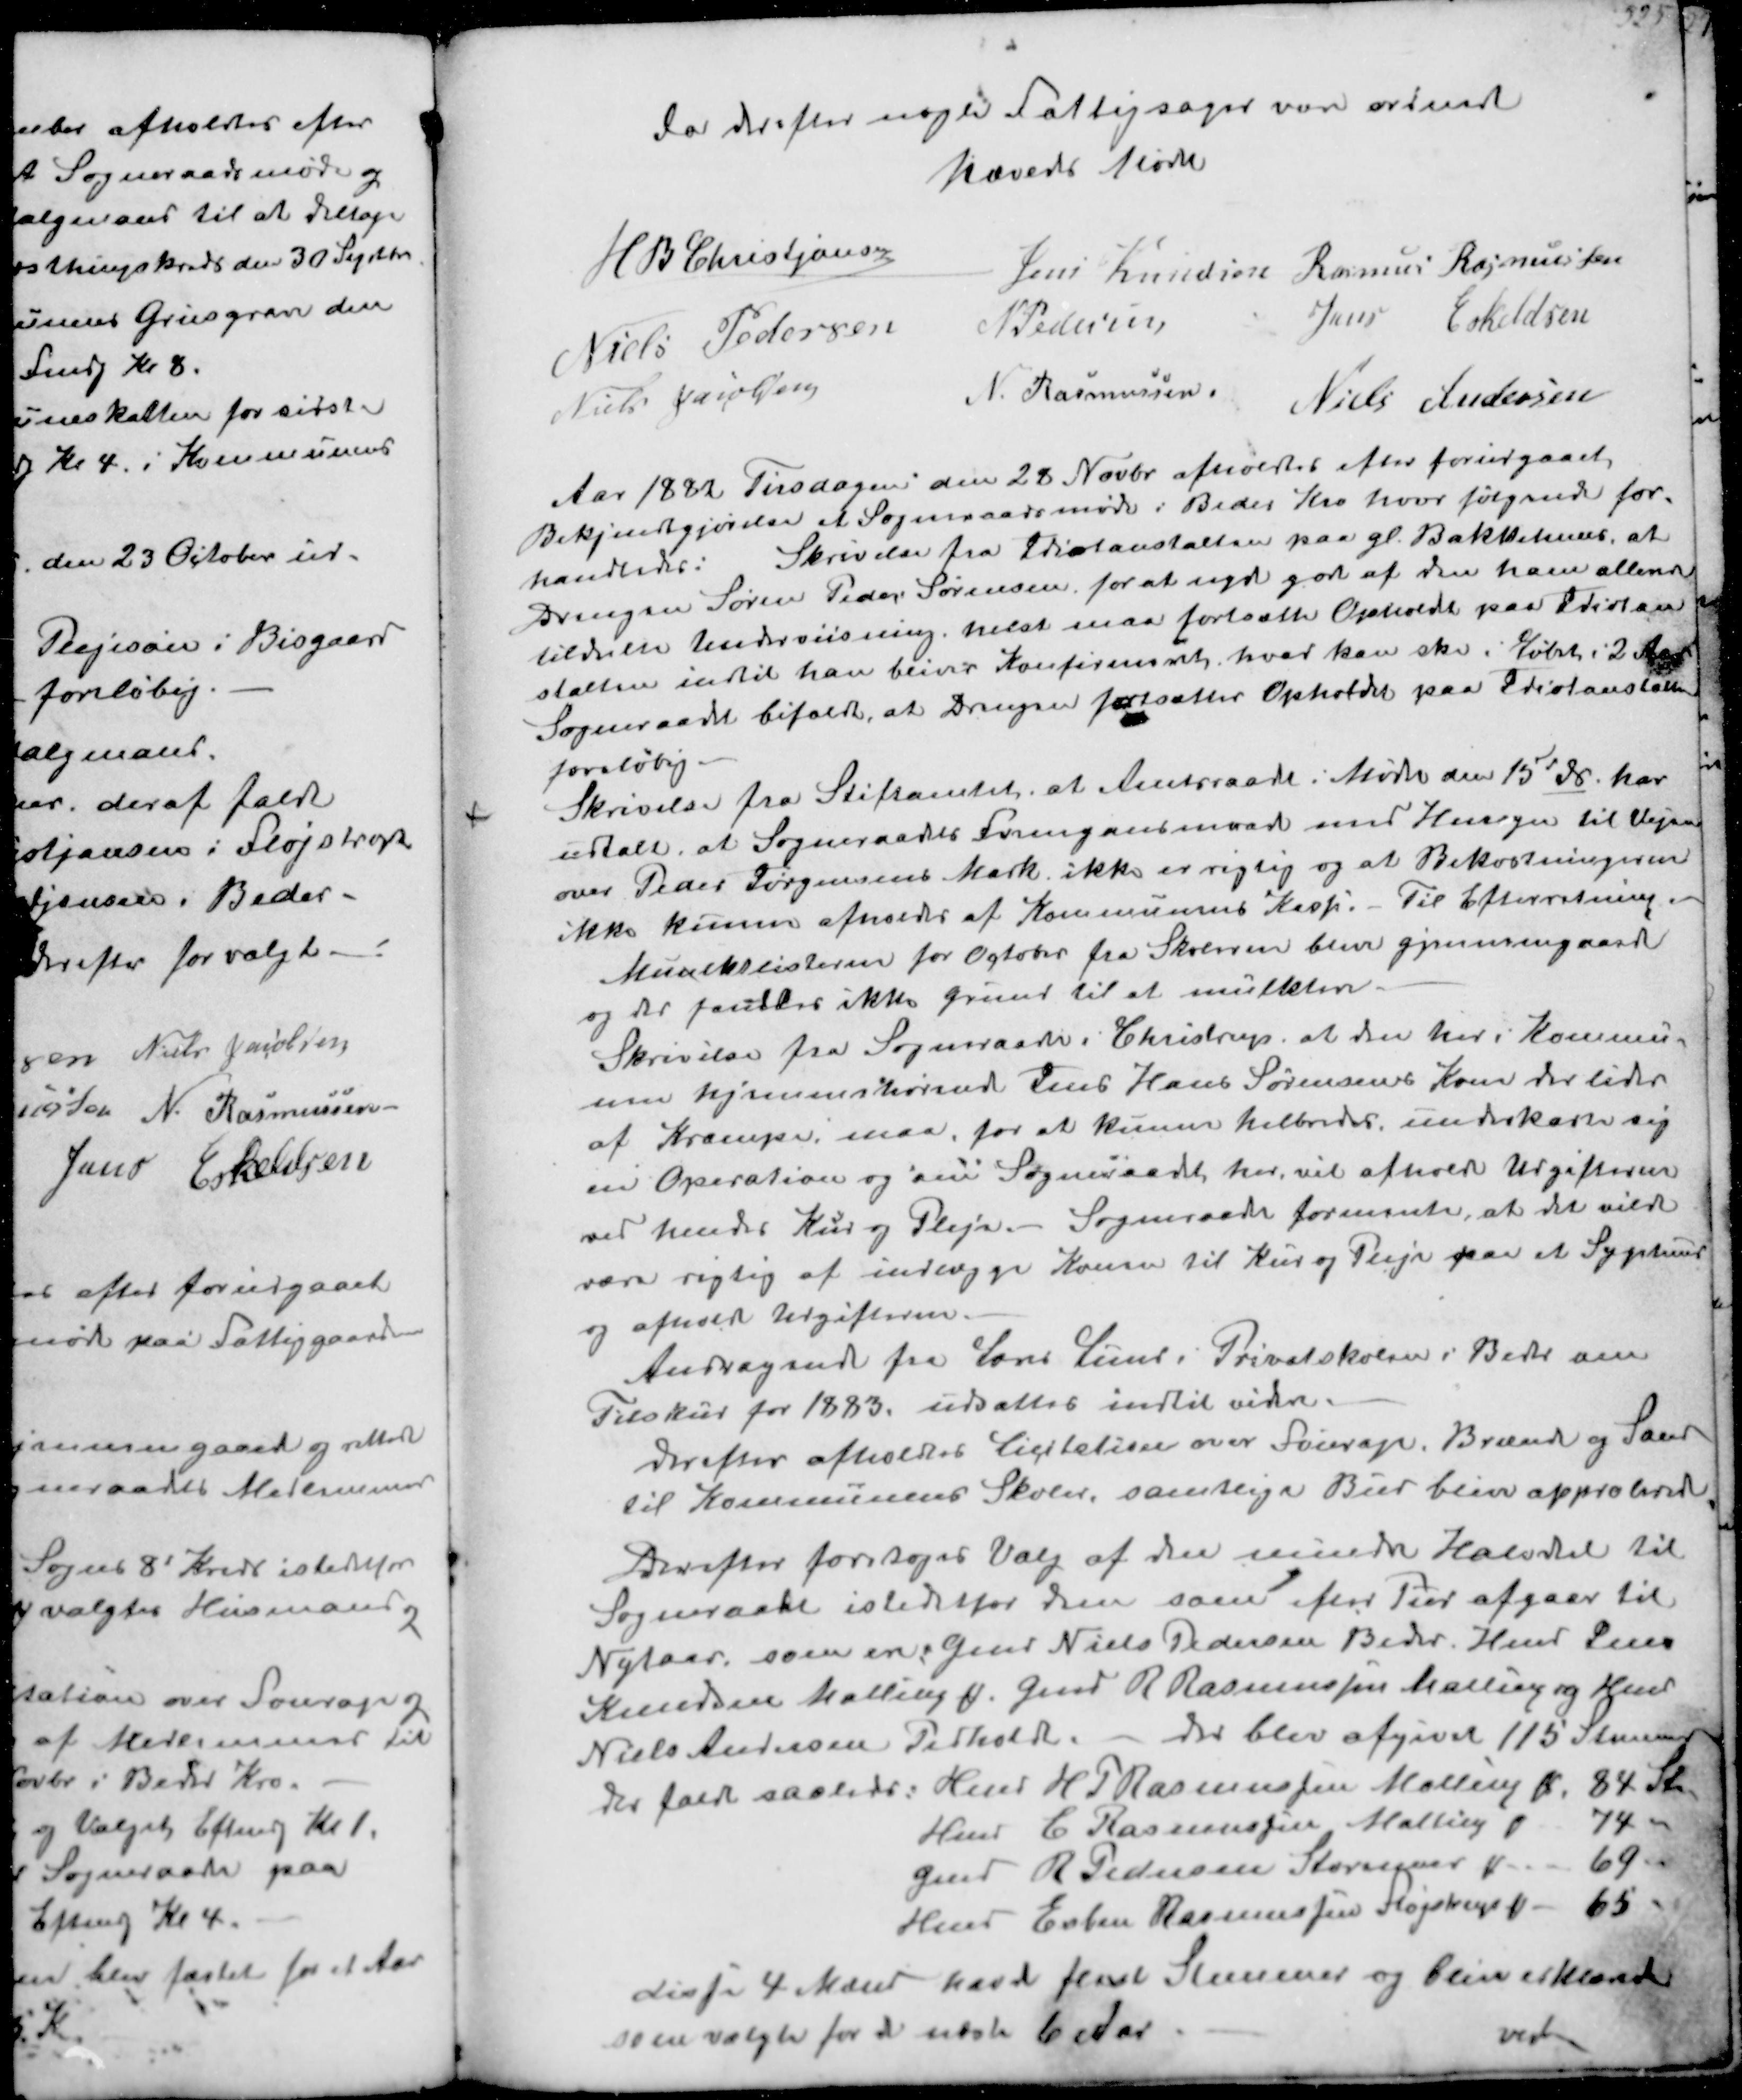
Transskription:
Da derefter nogle Fattigsager var ordnet
hæveds Mødet
H B Christjansen
Jens Knudsen
Rasmus Rasmussen
Niels Pedersen
N Pedersen
Jens Eskildsen
Niels Jacobsen
N. Rasmussen.
Niels Andersen

Aar 1882 Tirsdagen den 28 Novbr afholdtes efter forudgaaet 
Bejkendtgjørelse et Sogneraadsmøde i Beder Kro hvor følgende for-
handledes: Skrivelse fra Idiotanstalten paa gl. Bakkehuus, at
Drengen Søren Peder Sørensen. for at  god af den ham allerede
tildelte Undervisning helst maa fortsætte Opholde paa Idiotan-
stalten indtil han bliver Konfirmeret, hvad han skal i Løbet i 2 Aar
Sogneraadet bifalder, at Drengen fortsætter Opholdet på Idiotanstalten
foreløbig.
Skrivelse fra Stiftamtet, at Amtsraade i Møde 15 ds har
udtalt at Sogneraadets Fremgangsmaade med Hensyn til Vejen
over Peder Sørensens Mark ikke er rigtig og at Bekostningen
ikke kunne afholdes af Kommunens Kasse,. Til Efterretning
Muulktlisterne for Octbr fra Skolerne ble gjennemgaaede
og der fandtes ikke Grund til at mulktere
Skrivelse fra Sogneraadet i Christrup, at den her i Kommu-
nen hjemmehørend Jens Hans Sørensens Kone der lider
af Kramper maa for at kunne helbredes underkaste sig
en Operation og om Sogneraadet her vil afholde Udgifterne
ved endes Kur og Pleje. Sogneraadet formente at det vilde
være rigtig at indlægge Konen til Kur og Pleje paa et Sygehus
og afholde Udgifterne
Andragende fra Lærer Lund i Privatskolen i Beder om
Tilskud for 1883. udsattes indtil videre
derefter afholdtes Licitation over Fourage Brænde og Sand
til Kommunens Skoler. samtlige Bud blive approberede

Derefter foretoges Valg af den mindre Halvdel til
Sogneraadet istedetfor den som efter Tur afgaar til
Nytaar som ere Gmd Niels Pedersen Beder Hmd Jens
Knudsen Malling g Gmd R RTasmussen Maling og Hmd
Niels Andersen Pedholt M - der blev afgivet 115 Stemmer
de faldt saaledes: Hmd H P Rasmussen Malling 84 Stm
Hmd C Rasmussen Malling 74 "
Gmd R Pedersen Storenor 69 "
Hmd Esben Rasmussen Fløjstrup 65 "
disse 4 Mænd havde flest Stemmer og blive erklærede
som valgte for de næste 6 Aar
vend